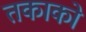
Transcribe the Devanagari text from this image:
तकाको